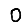
Digit: 0